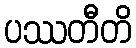
ပဿတီတိ